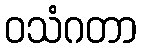
ဝသံဂတာ